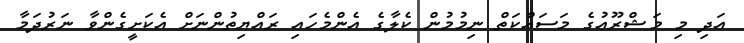
އަދި މި މަޝްރޫޢުގެ މަސައްކަތް ނިމުމުން ކެލާގެ އެންމެހައި ރައްޔިތުންނަށް އެކަށީގެންވާ ނަރުދަމާ